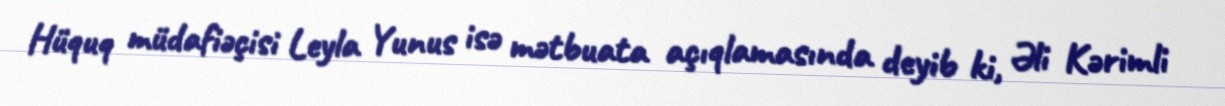
Hüquq müdafiəçisi Leyla Yunus isə mətbuata açıqlamasında deyib ki, Əli Kərimli